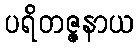
ပရိတဇ္ဇနာယ